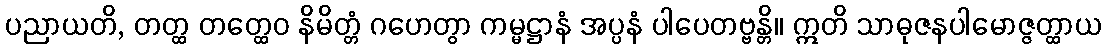
ပညာယတိ, တတ္ထ တတ္ထေဝ နိမိတ္တံ ဂဟေတွာ ကမ္မဋ္ဌာနံ အပ္ပနံ ပါပေတဗ္ဗန္တိ။ ဣတိ သာဓုဇနပါမောဇ္ဇတ္ထာယ